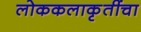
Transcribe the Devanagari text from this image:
लोककलाकृतींचा